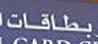
بطاقات